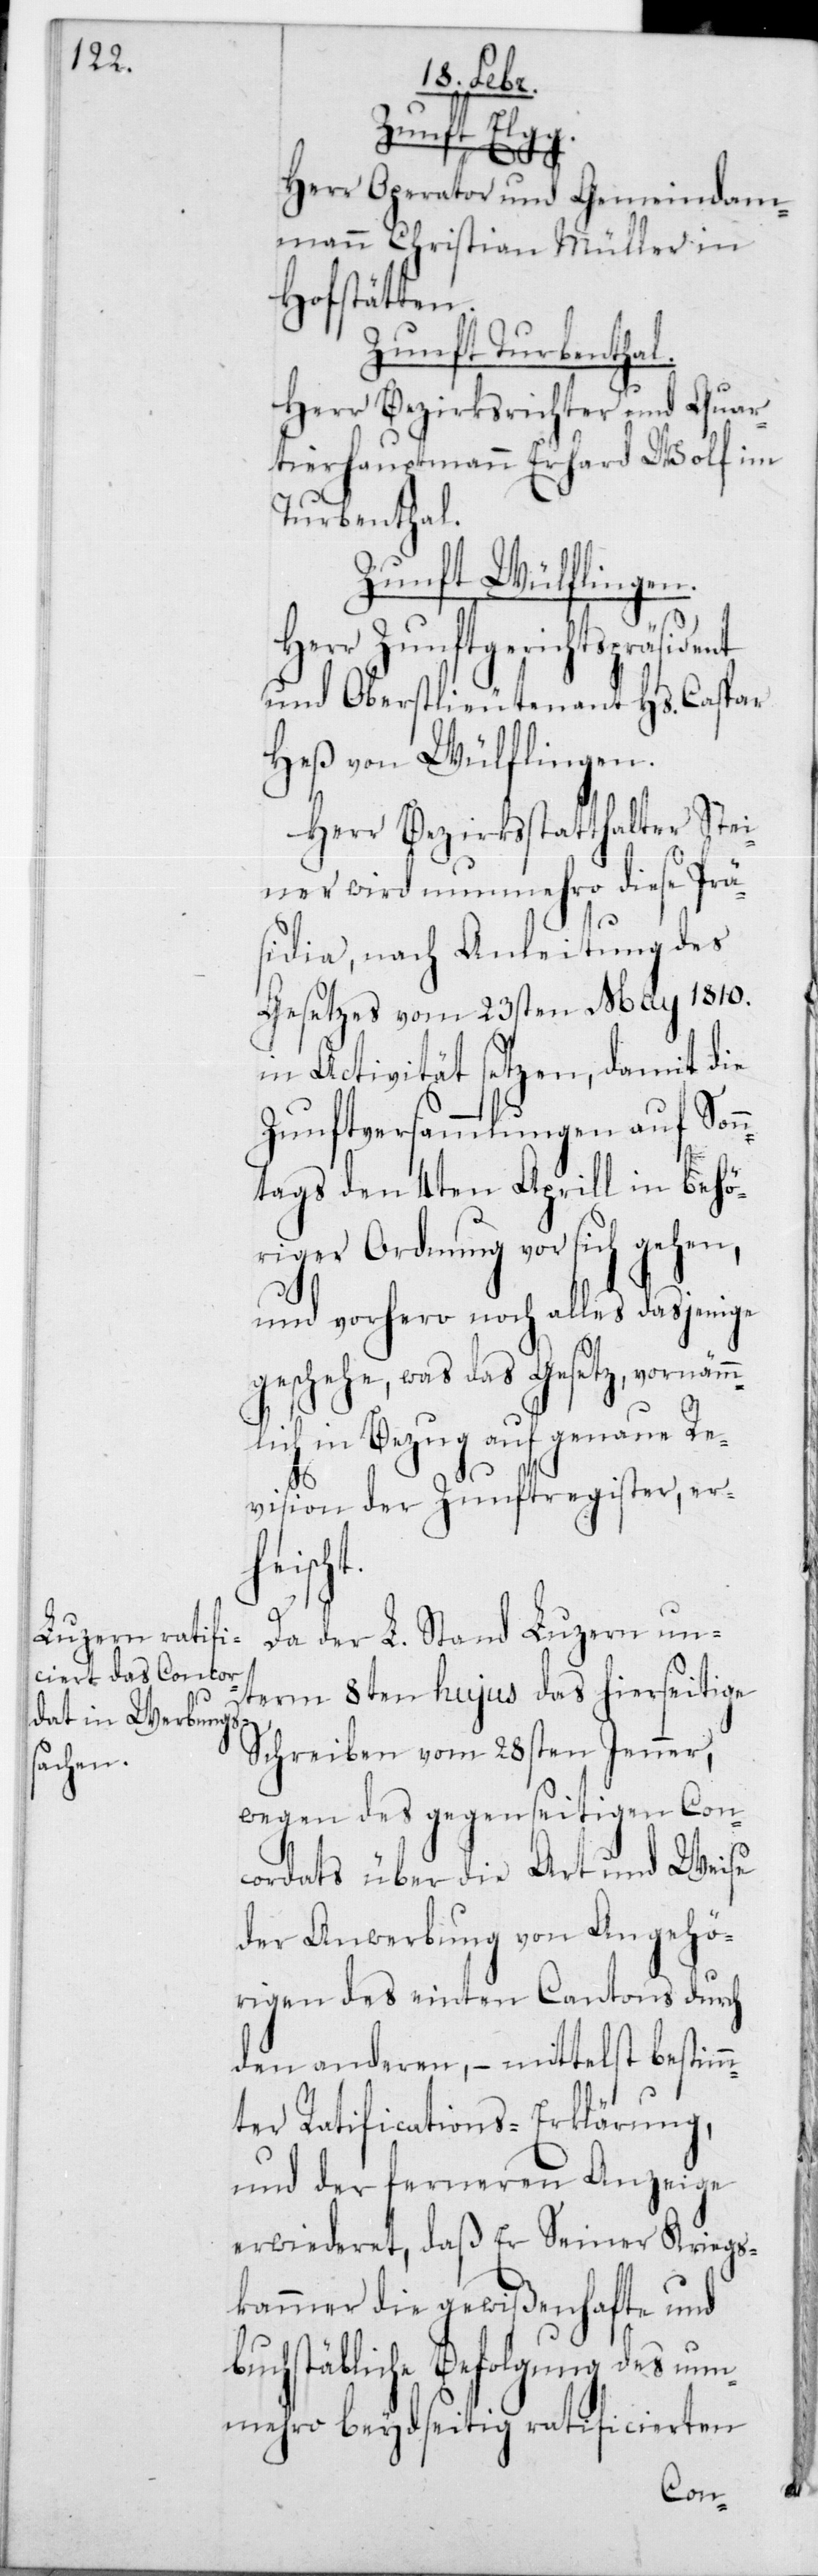
Zunft Elgg.
Herr Operator und Gemeindam¬
mann Christian Müller in
Hofstätten.
Zunft Turbenthal.
Herr Bezirksrichter und Quar¬
tierhauptmann Erhard Wolf im
Turbenthal.
Zunft Wülflingen.
Herr Zunftgerichts-Präsident
und Oberstlieutenant Hs. Caspar
Heß von Wülflingen.
Herr Bezirksstatthalter Stei¬
ner wird nunmehro diese Prä¬
sidia, nach Anleitung des
Gesetzes vom 23sten May 1810
in Activität setzen, damit die
Zunftversammlungen auf Son¬
ntags den 4ten Aprill in behö¬
riger Ordnung vor sich gehen,
und vorhero noch alles dasjenige
geschehe, was das Gesetz, vornämm¬
lich in Bezug auf genaue Re¬
vision der Zunftregister, erh¬
eischt.
Da der L. Stand Luzern un¬
term 8ten hujus das hierseitige
Schreiben vom 28sten Jenner,
wegen des gegenseitigen Con¬
cordats über die Art und Weise
der Anwerbung von Angehö¬
rigen des einten Cantons durch
den anderen, – mittelst bestimm¬
ter Ratificatons-Erklärung,
und der ferneren Anzeige
erwideret, daß Er Seiner Kriegs¬
kammer die gewißenhafte und
buchstäbliche Befolgung des nun¬
mehro beydseitigen ratificierten